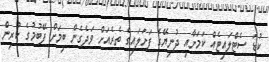
ކުޑަ ސެޓްލައިޓެއް ކަމަށާއި ދުނިޔޭގެ ފަށަލައިގެ ތެރެއަށް ވަދެގެން ބިމަށް ފޭބުމުގެ ކުރިން